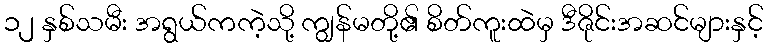
၁၂ နှစ်သမီး အရွယ်ကကဲ့သို့ ကျွန်မတို့၏ စိတ်ကူးထဲမှ ဒီဇိုင်းအဆင်များနှင့်